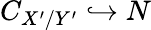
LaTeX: C_{X^{\prime}/Y^{\prime}}\hookrightarrow N